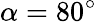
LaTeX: \alpha=80^{\circ}